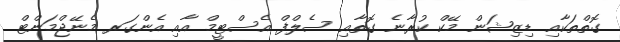
ގޮތްތަކާއި ޑިޒިޝަން މޭކް ކުރާނެ ގޮތާއި ސެލްފް އެސްޓީމް އާއި އެންގަރ މެނޭޖްމަންޓް